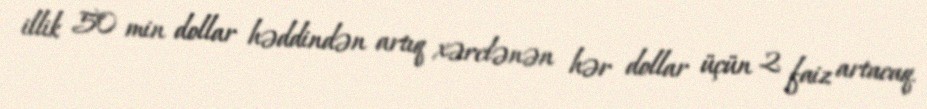
illik 50 min dollar həddindən artıq xərclənən hər dollar üçün 2 faiz artacaq.